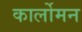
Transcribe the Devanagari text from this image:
कार्लोमन